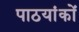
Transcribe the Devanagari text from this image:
पाठयांकों